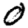
Digit: 0